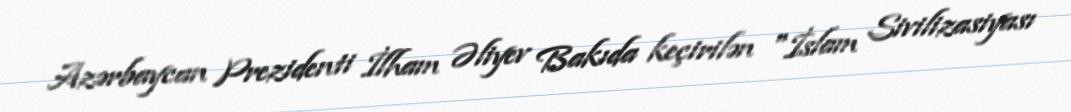
Azərbaycan Prezidenti İlham Əliyev Bakıda keçirilən "İslam Sivilizasiyası